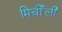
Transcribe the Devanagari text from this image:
मिर्चीली